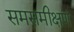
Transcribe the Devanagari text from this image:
समसमीक्षण